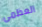
العظمى